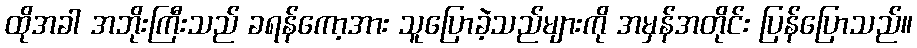
ထိုအခါ အဘိုးကြီးသည် ခရန်ကော့အား သူပြောခဲ့သည်များကို အမှန်အတိုင်း ပြန်ပြောသည်။